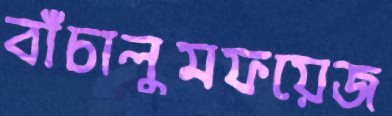
বাঁচালুমফয়েজ